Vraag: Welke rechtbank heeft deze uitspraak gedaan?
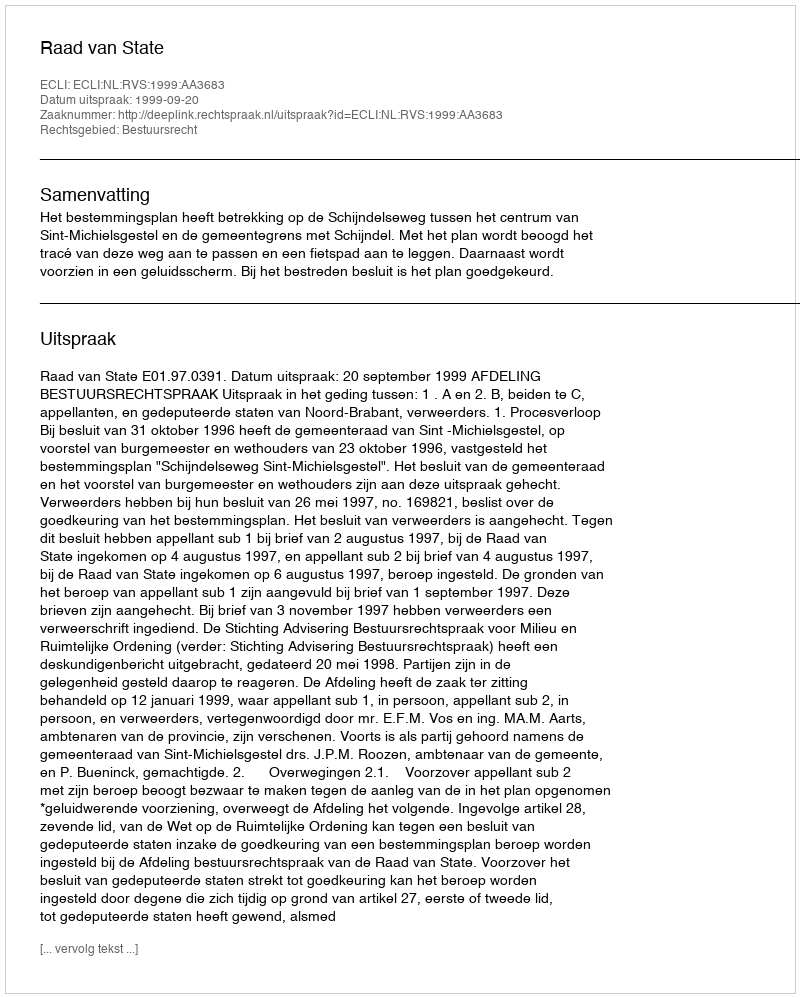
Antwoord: Raad van State